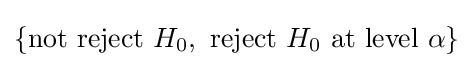
\{{\text{not reject }}H_{0},{\text{ reject }}H_{0}{\text{ at level }}\alpha \}